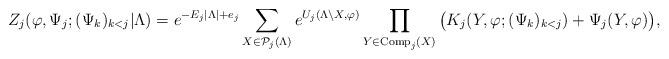
LaTeX: \begin{align*} Z_j (\varphi , \Psi_j ; (\Psi_k)_{k<j} | \Lambda ) = e^{-E_{j} |\Lambda| + e_j } \sum_{X\in \mathcal{P}_j (\Lambda)} e^{ U_j (\Lambda \backslash X, \varphi)} \prod_{Y \in \textnormal{Comp}_j (X)} \big( K_j (Y, \varphi ; (\Psi_k)_{k < j}) + \Psi_j (Y, \varphi) \big) , \end{align*}